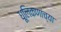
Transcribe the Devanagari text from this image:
धूलिकणांच्या